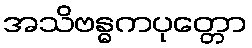
အသိဗန္ဓကပုတ္တော